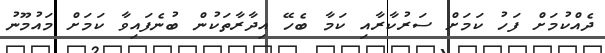
ދެއްކުމަށް ފަހު ކަމަށް ސަރުކާރާއި ކަމާ ބެހޭ އިދާރާތަކުން ބުނެފައިވާ ކަމަަށް މައުމޫނު